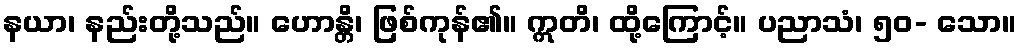
နယာ၊ နည်းတို့သည်။ ဟောန္တိ၊ ဖြစ်ကုန်၏။ ဣတိ၊ ထို့ကြောင့်။ ပညာသံ၊ ၅၀- သော။